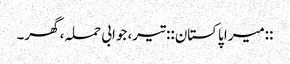
::میرا پاکستان:: تیر، جوابی حملہ، گھر۔